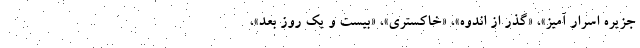
جزیره اسرار آمیز»، «گذر از اندوه»، «خاکستری»، «بیست و یک روز بعد»،